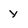
Character: y